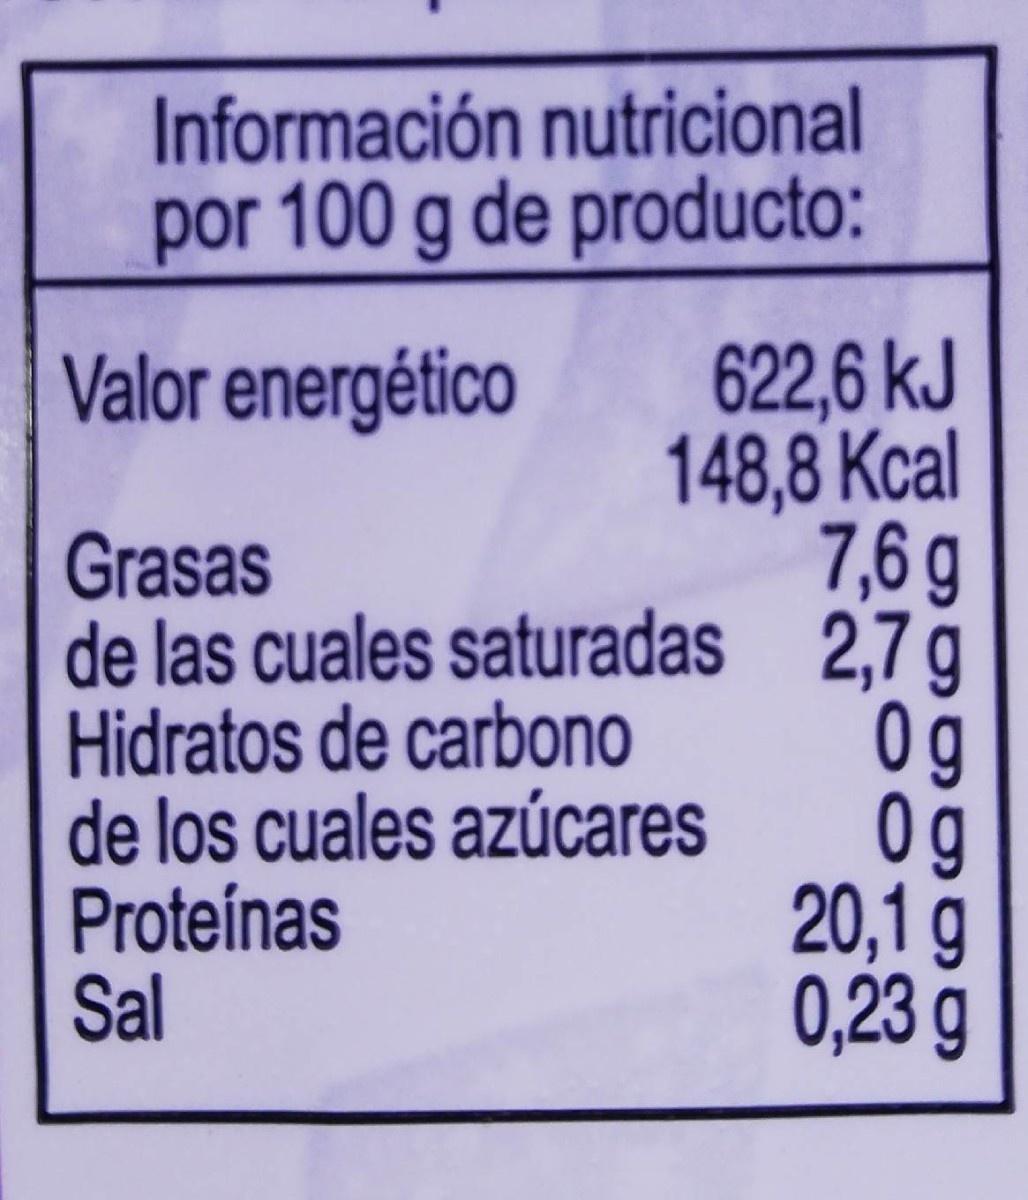
Información nutricional por 100 g de producto:
622,6 kJ 148,8 Kcal 7,6 g de las cuales saturadas 2,7 g 0g 0g 20,1 g 0,23 g
Valor energético
Grasas
Hidratos de carbono de los cuales azúcares Proteínas Sal